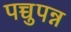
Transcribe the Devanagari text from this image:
पच्चुपन्न